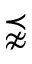
\precnapprox